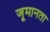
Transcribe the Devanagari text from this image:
जूमानता